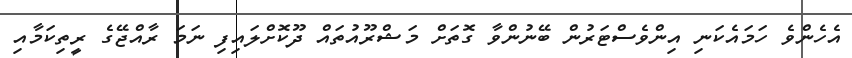
އެހެންވެ ހަމައެކަނި އިންވެސްޓަރުން ބޭނުންވާ ގޮތަށް މަޝްރޫއުތައް ދޫކޮށްލައިފި ނަމަ ރާއްޖޭގެ ރީތިކަމާއި